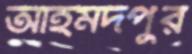
আহমদপুর